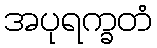
အပုရက္ခတံ